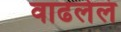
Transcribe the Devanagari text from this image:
वाढलेलं